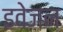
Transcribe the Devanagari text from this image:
इवेजन